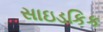
સાઇડકિક